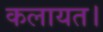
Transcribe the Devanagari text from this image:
कलायत।